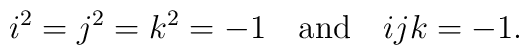
i^2 = j^2 = k^2 = -1\quad {\rm and}\quad ijk = -1.